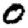
Digit: 0